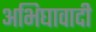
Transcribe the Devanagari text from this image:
अभिघावादी